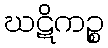
ဃဋိကဉ္စ